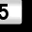
Digit: 5